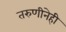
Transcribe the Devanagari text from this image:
तरुणीनेही